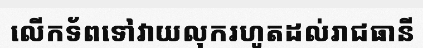
លើកទ័ពទៅវាយលុករហូតដល់រាជធានី